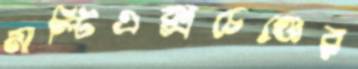
মাল্টিএক্সচেঞ্জের